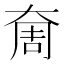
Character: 奝